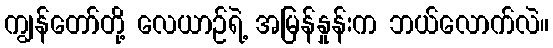
ကျွန်တော်တို့ လေယာဉ်ရဲ့ အမြန်နှုန်းက ဘယ်လောက်လဲ။